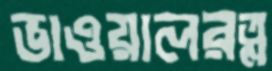
ভাওয়ালরত্ন